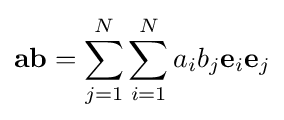
\mathbf {ab} =\sum _{j=1}^{N}\sum _{i=1}^{N}a_{i}b_{j}\mathbf {e} _{i}\mathbf {e} _{j}